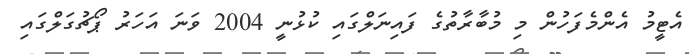
އެޓީމު އެންމެފަހުން މި މުބާރާތުގެ ފައިނަލްގައި ކުޅުނީ 2004 ވަނަ އަހަރު ޕޯޗުގަލްގައި